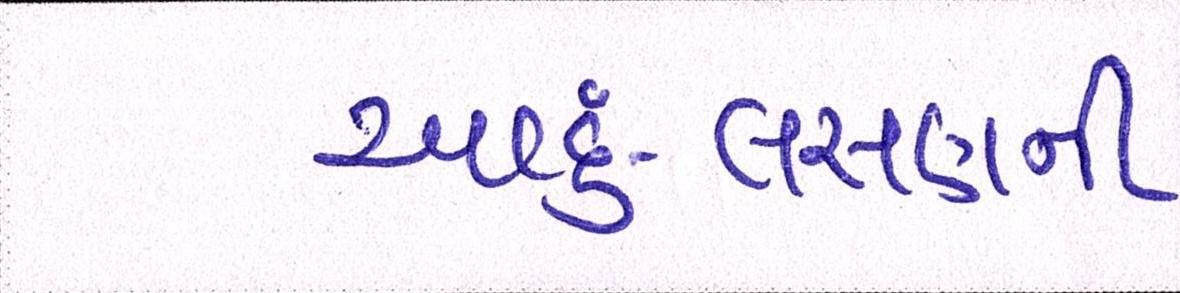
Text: આદું-લસણની